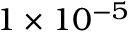
1 \times 1 0 ^ { - 5 }